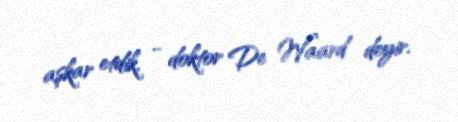
aşkar etdik, - doktor De Waard deyir.